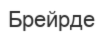
Брейрде